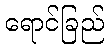
ရောင်ခြည်